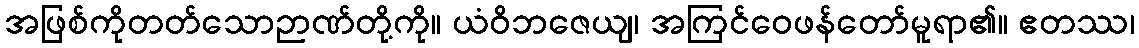
အဖြစ်ကိုတတ်သောဉာဏ်တို့ကို။ ယံဝိဘဇေယျ၊ အကြင်ဝေဖန်တော်မူရာ၏။ ဧတဿ၊